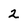
Character: 2